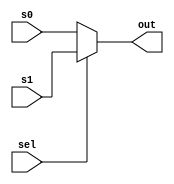
module Mux2to1 #(
    parameter size = 32
) 
(
    input sel,
    input signed [size-1:0] s0,
    input signed [size-1:0] s1,
    output signed [size-1:0] out
);
    // TODO: implement your 2to1 multiplexer here

    assign out = (sel == 1'b0) ? s0 : s1;
    
endmodule